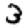
Digit: 3